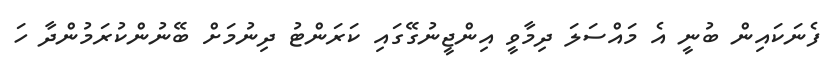
ފެނަކައިން ބުނީ އެ މައްސަލަ ދިމާވީ އިންޖީނުގޭގައި ކަރަންޓު ދިނުމަށް ބޭނުންކުރަމުންދާ ހަ